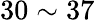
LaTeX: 30\sim 37